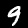
Digit: 9